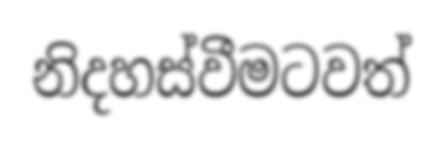
නිදහස්වීමටවත්